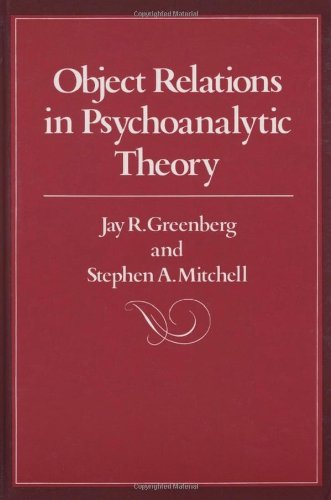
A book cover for Object Relations in Psychoanalytic Theory; Jay R. Greenberg; Medical Books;